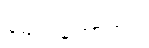
မောင်တောတွင်